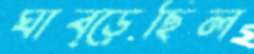
ঘাব্‌ড়েছিল